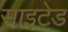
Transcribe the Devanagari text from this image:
साइटेड